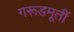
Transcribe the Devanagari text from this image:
गरूडमूर्ती